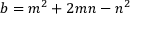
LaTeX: b = m ^ { 2 } + 2 m n - n ^ { 2 }